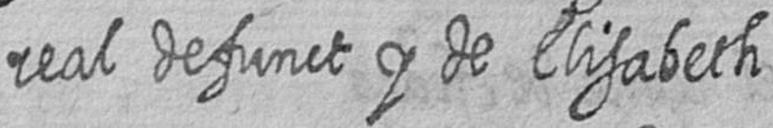
real defunct y de Elisabeth